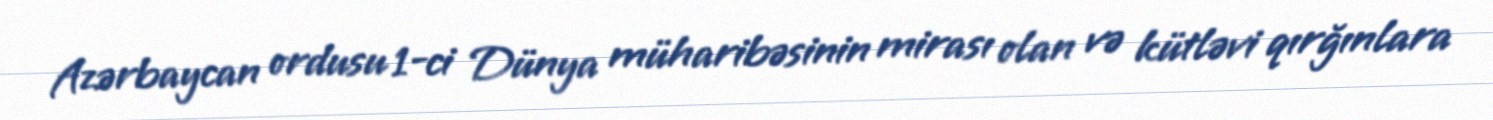
Azərbaycan ordusu 1-ci Dünya müharibəsinin mirası olan və kütləvi qırğınlara